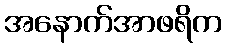
အနောက်အာဖရိက